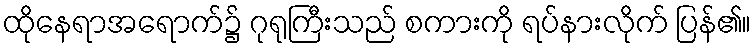
ထိုနေရာအရောက်၌ ဂုရုကြီးသည် စကားကို ရပ်နားလိုက် ပြန်၏။